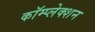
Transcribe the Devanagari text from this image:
कॉम्प्लेक्शन